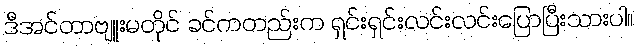
ဒီအင်တာဗျူးမတိုင် ခင်ကတည်းက ရှင်းရှင်းလင်းလင်းပြောပြီးသားပါ။